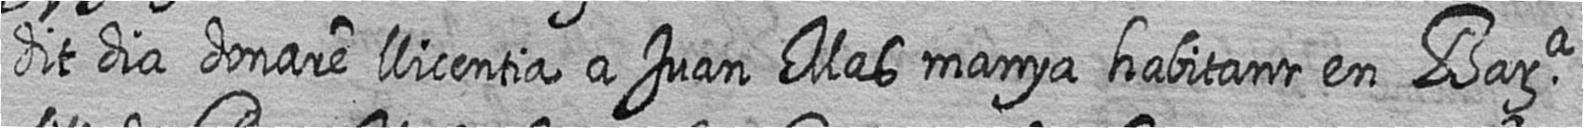
dit dia donare llicentia a Juan Mas manya habitant en Bara